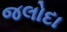
જલોદા